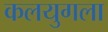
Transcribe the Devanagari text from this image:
कलयुगला